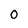
Character: 0